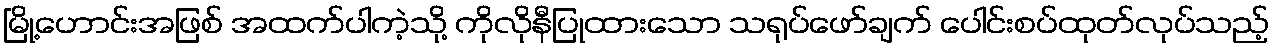
မြို့ဟောင်းအဖြစ် အထက်ပါကဲ့သို့ ကိုလိုနီပြုထားသော သရုပ်ဖော်ချက် ပေါင်းစပ်ထုတ်လုပ်သည့်